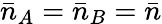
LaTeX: \bar{n}_{A}=\bar{n}_{B}=\bar{n}